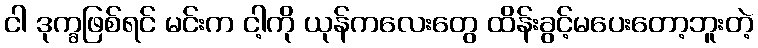
ငါ ဒုက္ခဖြစ်ရင် မင်းက ငါ့ကို ယုန်ကလေးတွေ ထိန်းခွင့်မပေးတော့ဘူးတဲ့